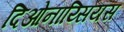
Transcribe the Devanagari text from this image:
दिओनाय्सियस